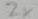
Text: 2x